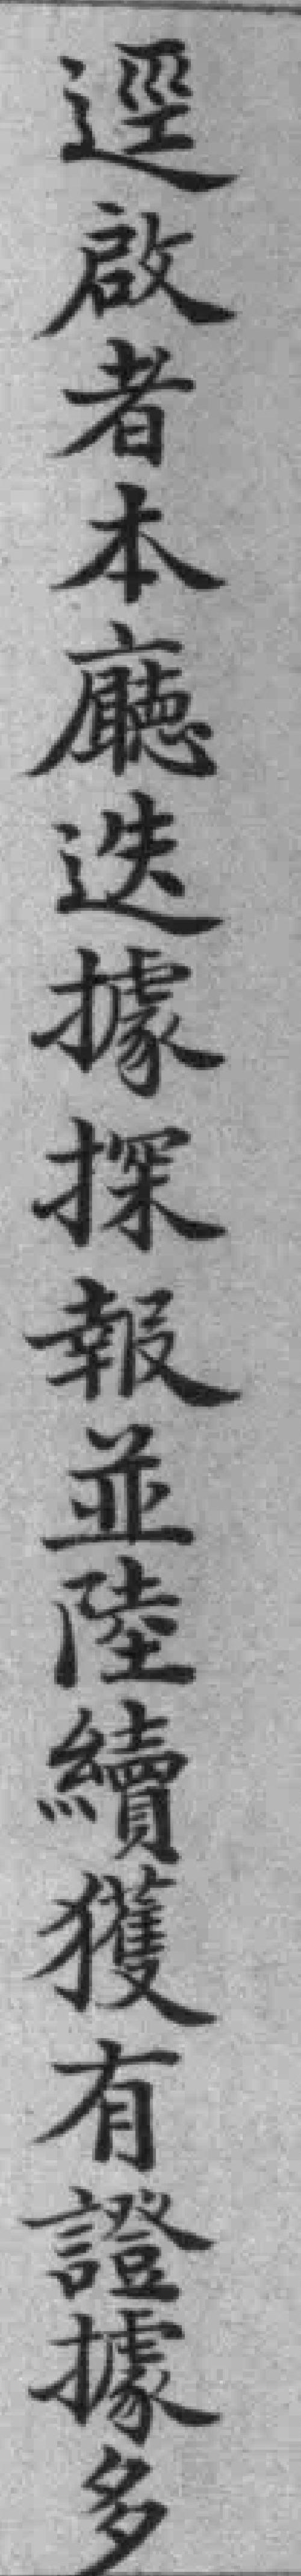
選啟者本廳迭據探報並陸續獲有證據多